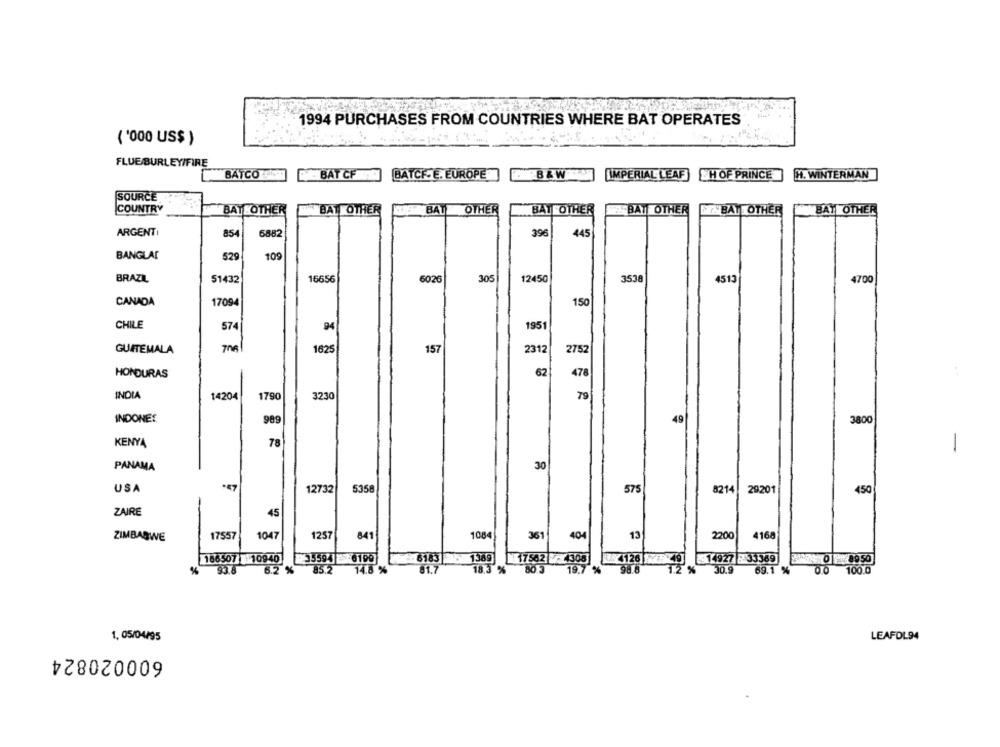
1994 PURCHASES FROM COUNTRIES WHERE BAT OPERATES
( '000 US$ )
FLUE BURLEY/FIRE
BATCO
BAT CF
BATCF-E. EUROPE
B & W
IMPERIAL LEAF
HOF PRINCE
H. WINTERMAN
SOURCE
COUNTRY
BATHOTHER
BAT
OTHER
BAT OTHER
BAT OTHER
BAT OTHER
BAT OTHER
ABAT OTHER
ARGENTI
396
854
6882
445
BANGLAD
529
109
BRAZIL
51432
16656
602
305
12450
3538
4513
4700
CANADA
17094
150
CHILE
574
94
1951
GUATEMALA
1625
157
2312
2752
62
478
HONDURAS
INDIA
14204
1790
3230
79
INDONES
989
49
3800
KENYA
78
1
PANAMA
30
USA
12732
5358
575
8214|
29201
450
ZAIRE
45
ZIMBABWE
17557
1047
1257
841
1084
361
404
13
2200
4168
166507 10940
35594 6199
6183 1389
17562 -1 305
4126 7: 49
=14927 8 33369
1 0 7 89 50
%
93.8
6.2 %
85.2
14.8 %
81.7
18.3 %
80 3
19.7 %
98.8
1.2 %
30.9
69.1 %
100.0
LEAFDL94
1, 05/04/95
600020824